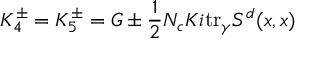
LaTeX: K _ { 4 } ^ { \pm } = K _ { 5 } ^ { \pm } = G \pm \frac { 1 } { 2 } N _ { c } K i \mathrm { t r } _ { \gamma } S ^ { d } ( x , x )